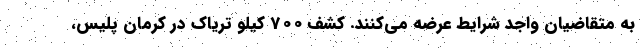
به متقاضیان واجد شرایط عرضه می‌کنند. کشف 700 کیلو تریاک در کرمان پلیس،